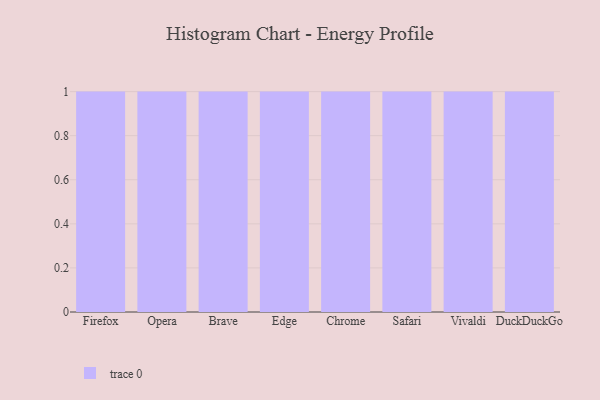
{"axis": {"x": "Browser", "y": "Demand Index"}, "legend": [""], "data": [{"x": "Firefox", "y": 81, "type": ""}, {"x": "Opera", "y": 94, "type": ""}, {"x": "Brave", "y": 3, "type": ""}, {"x": "Edge", "y": 1, "type": ""}, {"x": "Chrome", "y": 21, "type": ""}, {"x": "Safari", "y": 29, "type": ""}, {"x": "Vivaldi", "y": 92, "type": ""}, {"x": "DuckDuckGo", "y": 88, "type": ""}]}